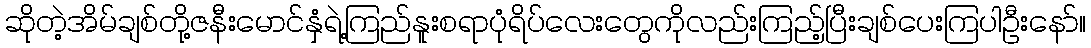
ဆိုတဲ့အိမ်ချစ်တို့ဇနီးမောင်နှံရဲ့ကြည်နူးစရာပုံရိပ်လေးတွေကိုလည်းကြည့်ပြီးချစ်ပေးကြပါဦးနော်။